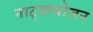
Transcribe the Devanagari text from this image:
नाट्यायोजन